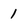
Character: 1